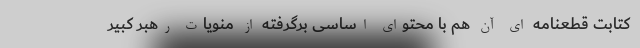
کتابت قطعنامه ای آن هم با محتوای اساسی برگرفته از منویات رهبر کبیر